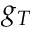
g _ { T }